画像に写った文字を読んでください
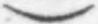
「)」と書いてあります